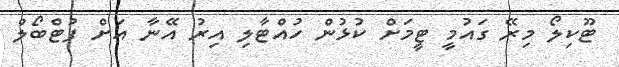
ޓޫކިލޯ މިރޭ ގައުމީ ޓީމަށް ކުޅުން ހުއްޓާލި އިރު އޭނާ އަށް ފުޓްބޯލް